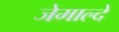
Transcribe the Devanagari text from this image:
जेमाल्दे